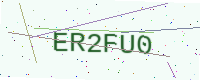
Text: ER2FU0